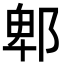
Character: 郫